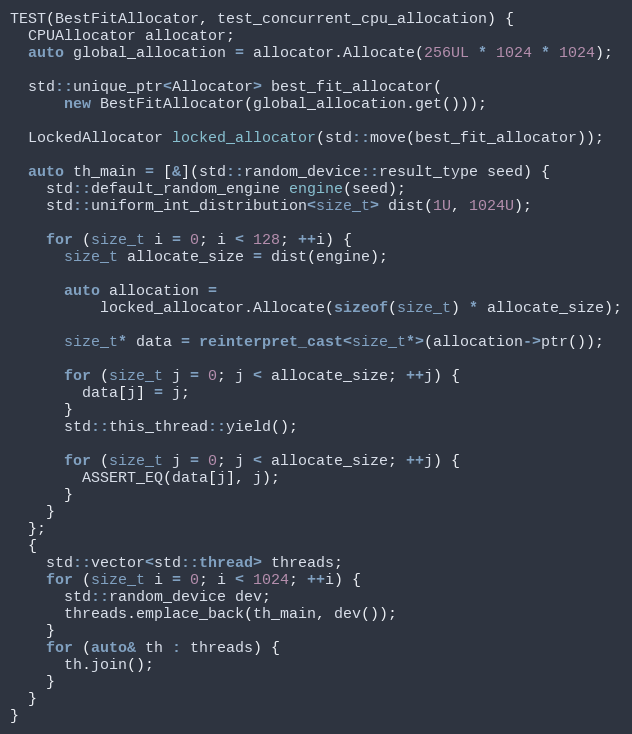
Language: C++
TEST(BestFitAllocator, test_concurrent_cpu_allocation) {
  CPUAllocator allocator;
  auto global_allocation = allocator.Allocate(256UL * 1024 * 1024);

  std::unique_ptr<Allocator> best_fit_allocator(
      new BestFitAllocator(global_allocation.get()));

  LockedAllocator locked_allocator(std::move(best_fit_allocator));

  auto th_main = [&](std::random_device::result_type seed) {
    std::default_random_engine engine(seed);
    std::uniform_int_distribution<size_t> dist(1U, 1024U);

    for (size_t i = 0; i < 128; ++i) {
      size_t allocate_size = dist(engine);

      auto allocation =
          locked_allocator.Allocate(sizeof(size_t) * allocate_size);

      size_t* data = reinterpret_cast<size_t*>(allocation->ptr());

      for (size_t j = 0; j < allocate_size; ++j) {
        data[j] = j;
      }
      std::this_thread::yield();

      for (size_t j = 0; j < allocate_size; ++j) {
        ASSERT_EQ(data[j], j);
      }
    }
  };
  {
    std::vector<std::thread> threads;
    for (size_t i = 0; i < 1024; ++i) {
      std::random_device dev;
      threads.emplace_back(th_main, dev());
    }
    for (auto& th : threads) {
      th.join();
    }
  }
}